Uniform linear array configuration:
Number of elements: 64
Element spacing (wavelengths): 1
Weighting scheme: binomial
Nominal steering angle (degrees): -15
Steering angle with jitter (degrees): -16.751
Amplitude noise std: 0.05
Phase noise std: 0.05

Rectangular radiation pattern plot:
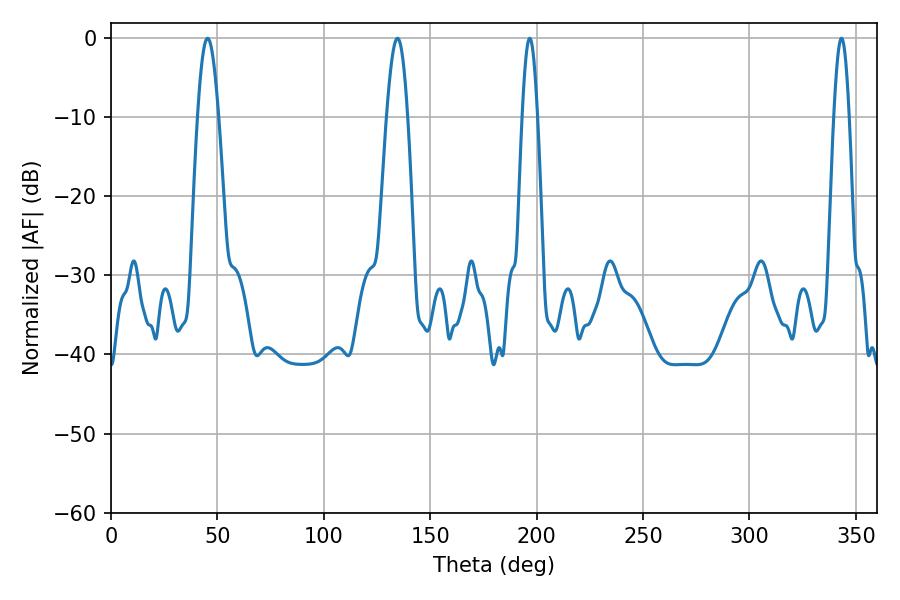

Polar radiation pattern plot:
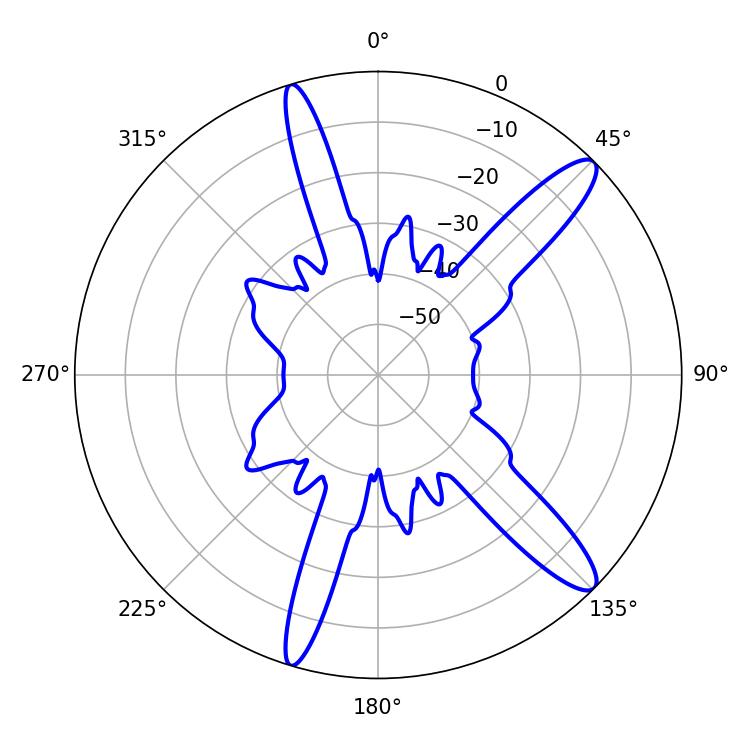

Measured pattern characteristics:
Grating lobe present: TRUE
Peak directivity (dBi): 12.912
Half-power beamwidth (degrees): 3.96
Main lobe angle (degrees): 196.74